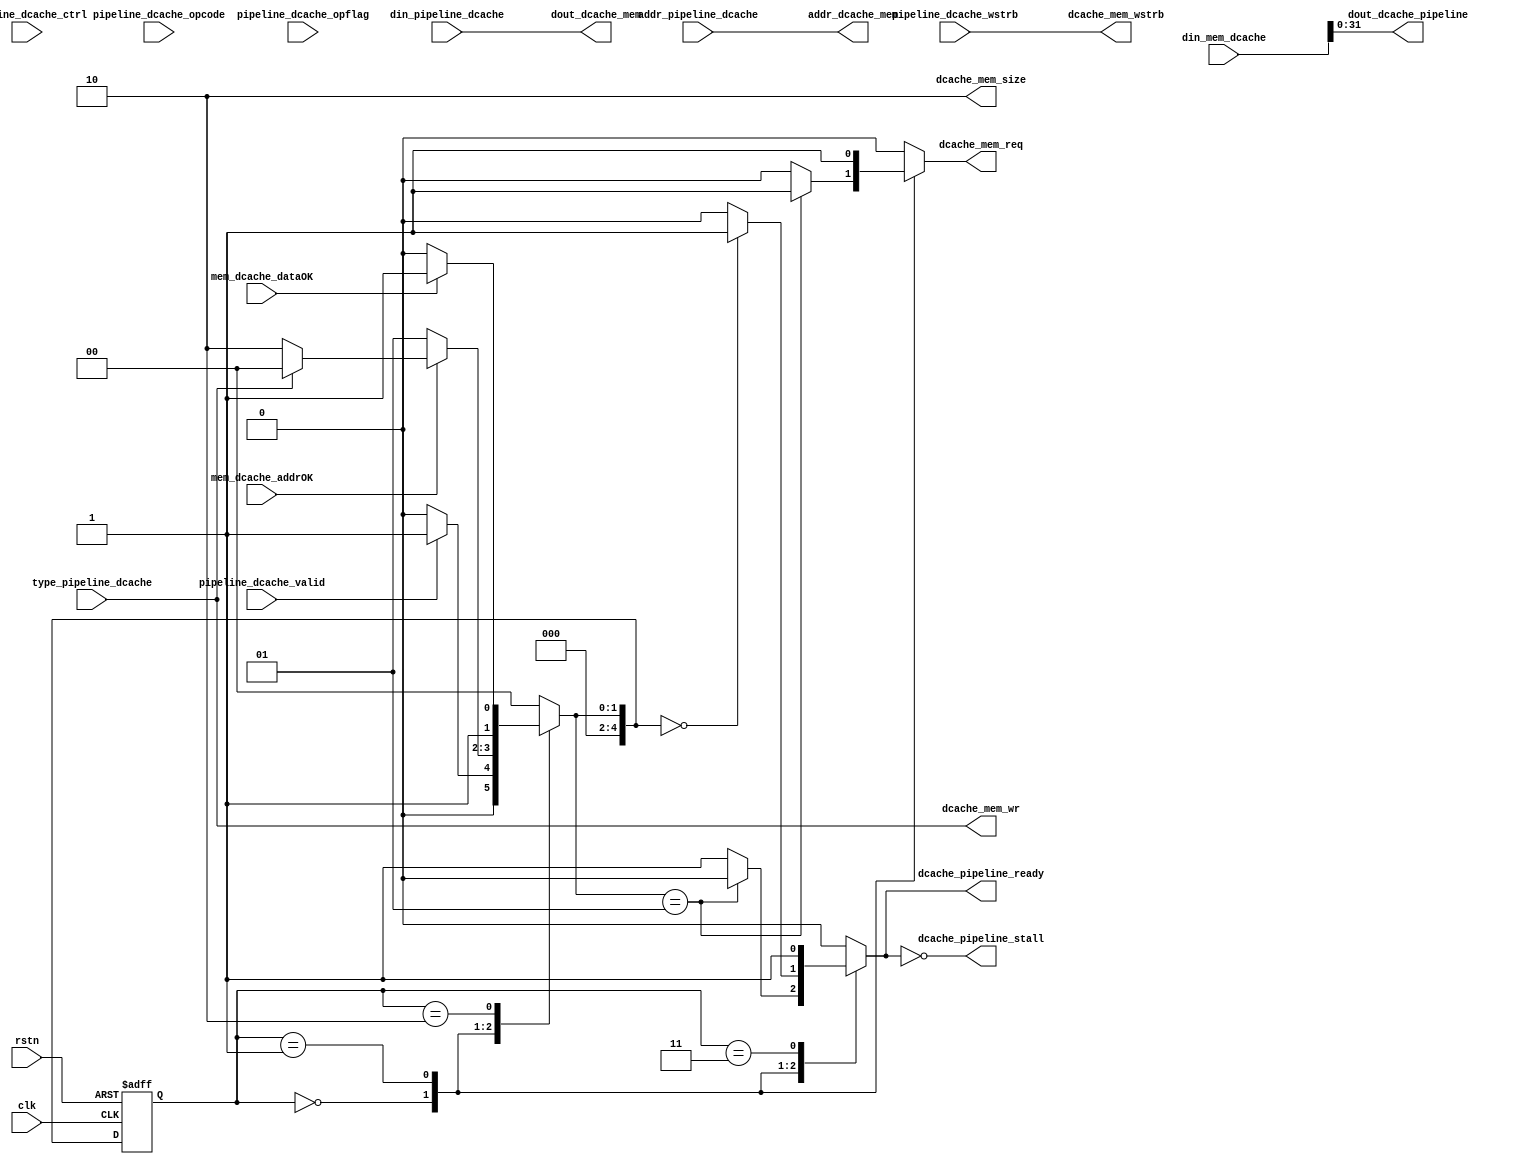
`timescale 1ns / 1ps
//////////////////////////////////////////////////////////////////////////////////
// Company: 
// Engineer: 
// 
// Design Name: 
// Module Name: Dcache_DMA
// Project Name: 
// Target Devices: 
// Tool Versions: 
// Description: 
// 
// Dependencies: 
// 
// Revision:
// Revision 0.01 - File Created
// Additional Comments:
// 
//////////////////////////////////////////////////////////////////////////////////

module Dcache_DMA#(
    parameter   index_width=4,
                offset_width=2,
                way=2
)
//  
// bytebyte
// wstrb 4'b1111byte1byte
//byte
(  
    input       clk,rstn,
    // output      [31:0]test1,test2,test3,

    //pipeline port
    input       [31:0]addr_pipeline_dcache,
    input       [31:0]din_pipeline_dcache,
    output      [31:0]dout_dcache_pipeline,
    input       type_pipeline_dcache,//0-read 1-write

    input       pipeline_dcache_valid,
    output reg  dcache_pipeline_ready,
    
    input       [3:0]pipeline_dcache_wstrb,//
    input       [31:0]pipeline_dcache_opcode,//cache
    input       pipeline_dcache_opflag,//0- 1-cache    
    input       [31:0]pipeline_dcache_ctrl,//stall flush branch ...
    output      dcache_pipeline_stall,//stall form dcache     ready

    //mem prot
    output      [31:0]addr_dcache_mem,
    output      [31:0]dout_dcache_mem,
    input       [32*(1<<offset_width)-1:0]din_mem_dcache,

    output  reg dcache_mem_req,
    output      dcache_mem_wr,//0-read 1-write
    output      [1:0]dcache_mem_size,//0-1byte  1-2b    2-4b
    output      [3:0]dcache_mem_wstrb,//
    input       mem_dcache_addrOK,
    input       mem_dcache_dataOK
    );
assign addr_dcache_mem = addr_pipeline_dcache;
assign dout_dcache_mem = din_pipeline_dcache;
assign dout_dcache_pipeline = din_mem_dcache[31:0];
assign dcache_mem_wr = type_pipeline_dcache;
assign dcache_mem_wstrb = pipeline_dcache_wstrb;
assign dcache_pipeline_stall = ~ dcache_pipeline_ready;
assign dcache_mem_size = 2'd2;

wire [index_width:0]useparam1 = pipeline_dcache_opcode;
wire [offset_width:0]useparam2 = pipeline_dcache_opflag;
wire [way:0]useparam3 = pipeline_dcache_ctrl;
wire [32*(1<<offset_width)-1:0]usesignal4 = din_mem_dcache;

reg [4:0]state,next_state;
localparam Idle=5'd0,req=5'd1,send=5'd2,send_=5'd3;
always @(posedge clk,negedge rstn) begin
    if(!rstn)state<=Idle;
    else state<=next_state;
end
always @(*) begin
    case (state)
        Idle:begin
            if(pipeline_dcache_valid)next_state = req;
            else next_state = Idle;
        end 
        req:begin
            if(mem_dcache_addrOK)begin
               if(type_pipeline_dcache == 0)next_state = send;
               else next_state = Idle; 
            end
            else next_state = req;
        end
        send:begin
            if(mem_dcache_dataOK)next_state = send_;
            else next_state = send;
        end
        send_:next_state=Idle;
        default: next_state = Idle;
    endcase
end
always @(*) begin
    dcache_mem_req = 0;
    dcache_pipeline_ready = 0;
    case (state)
        Idle:begin
            if(next_state == req)begin
                dcache_mem_req = 1;
            end
            else begin
                dcache_pipeline_ready = 1;
            end
        end 
        req:begin
            dcache_mem_req = 1;
            if(next_state == Idle)begin
                dcache_pipeline_ready = 1;
            end
        end
        send_:begin
            dcache_pipeline_ready = 1;
        end
        default: ;
    endcase
end
endmodule